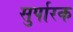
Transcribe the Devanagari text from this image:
सुर्पारक